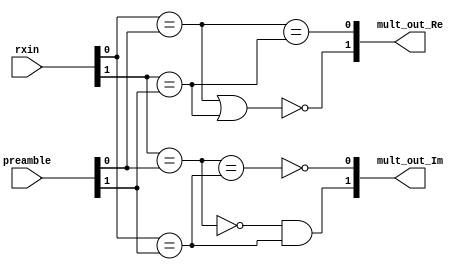
`timescale 1ns / 1ps
//////////////////////////////////////////////////////////////////////////////////
// Company: 
// Engineer: 
// 
// Design Name: 
// Module Name:    ML_tap 
// Project Name: 
// Target Devices: 
// Tool versions: 
// Description: 
//
// Dependencies: 
//
// Revision: 
// Revision 0.01 - File Created
// Additional Comments: 
//
//////////////////////////////////////////////////////////////////////////////////
module Signed_Mult_tap(
   input 	 	[1:0] rxin,		//[1] :signed bit of imaginary part, [0] :signed bit of real part,
	input			[1:0] preamble,	//[1] :signed bit of imaginary part, [0] :signed bit of real part,
	output 	 	[1:0] mult_out_Re, mult_out_Im
    );
	 
wire cmp1_Re = (rxin[0] == preamble[0]);
wire cmp2_Re = (rxin[1] == preamble[1]);

assign mult_out_Re[0] =  (cmp1_Re == cmp2_Re);
assign mult_out_Re[1] = ~(cmp1_Re |  cmp2_Re);

wire cmp1_Im = (rxin[1] == preamble[0]);
wire cmp2_Im = (rxin[0] == preamble[1]);

assign mult_out_Im[0] = ~(  cmp1_Im == cmp2_Im);
assign mult_out_Im[1] =  ((~cmp1_Im) & cmp2_Im);

endmodule